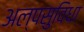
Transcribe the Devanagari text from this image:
अल्पसुविधा